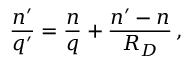
{ \frac { n ^ { \prime } } { q ^ { \prime } } } = { \frac { n } { q } } + { \frac { n ^ { \prime } - n } { R _ { D } } } \, ,